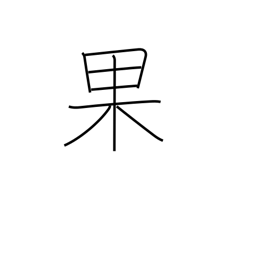
Meaning: succeed